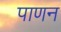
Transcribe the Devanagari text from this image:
पाणन